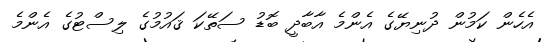
އެހެން ކަމުން ދުނިޔޭގެ އެންމެ އާބާދީ ބޮޑު ސަތޭކަ ޤައުމުގެ ލިސްޓުގެ އެންމެ